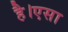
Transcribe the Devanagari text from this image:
है।एसा